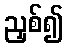
ညှစ်၍